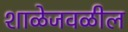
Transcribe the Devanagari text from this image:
शाळेजवळील